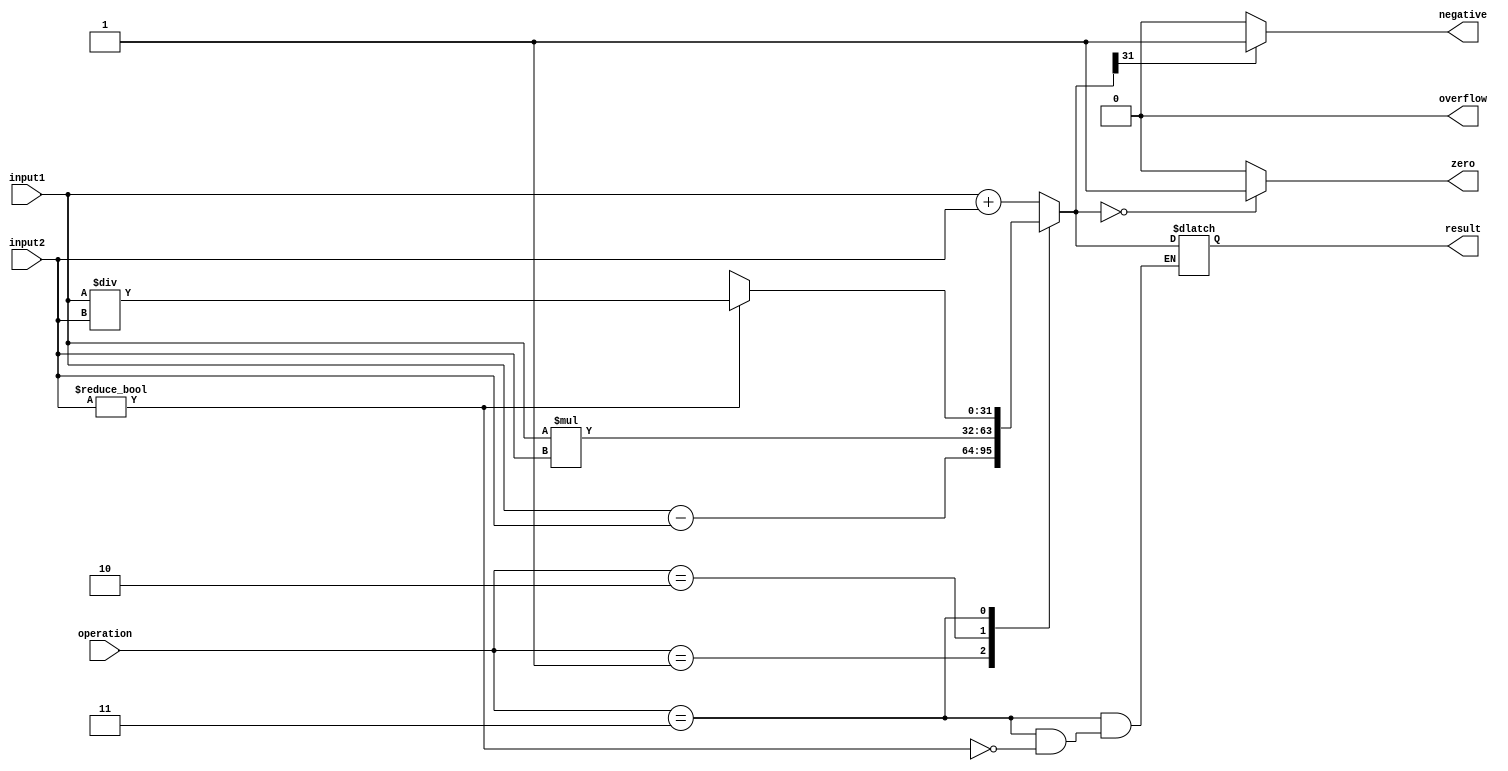
module ALU (
    input [31:0] input1,
    input [31:0] input2,
    input [3:0] operation,
    output reg [31:0] result,
    output reg zero,
    output reg negative,
    output reg overflow
);

always @(*) begin
    case(operation)
        4'b0000: result = input1 + input2; // addition
        4'b0001: result = input1 - input2; // subtraction
        4'b0010: result = input1 * input2; // multiplication
        4'b0011: if(input2 != 0) result = input1 / input2; // division
        default: result = 32'hxxxxxxxx; // undefined operation
    endcase
    
    zero = (result == 0) ? 1 : 0;
    negative = (result[31] == 1) ? 1 : 0;
    overflow = 0; // need to implement overflow detection logic
end

endmodule